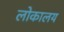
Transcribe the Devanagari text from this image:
लोकालय